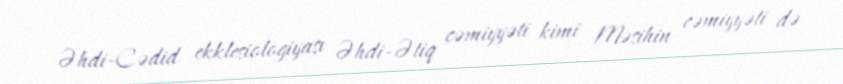
Əhdi-Cədid ekklesiologiyası Əhdi-Ətiq cəmiyyəti kimi Məsihin cəmiyyəti də